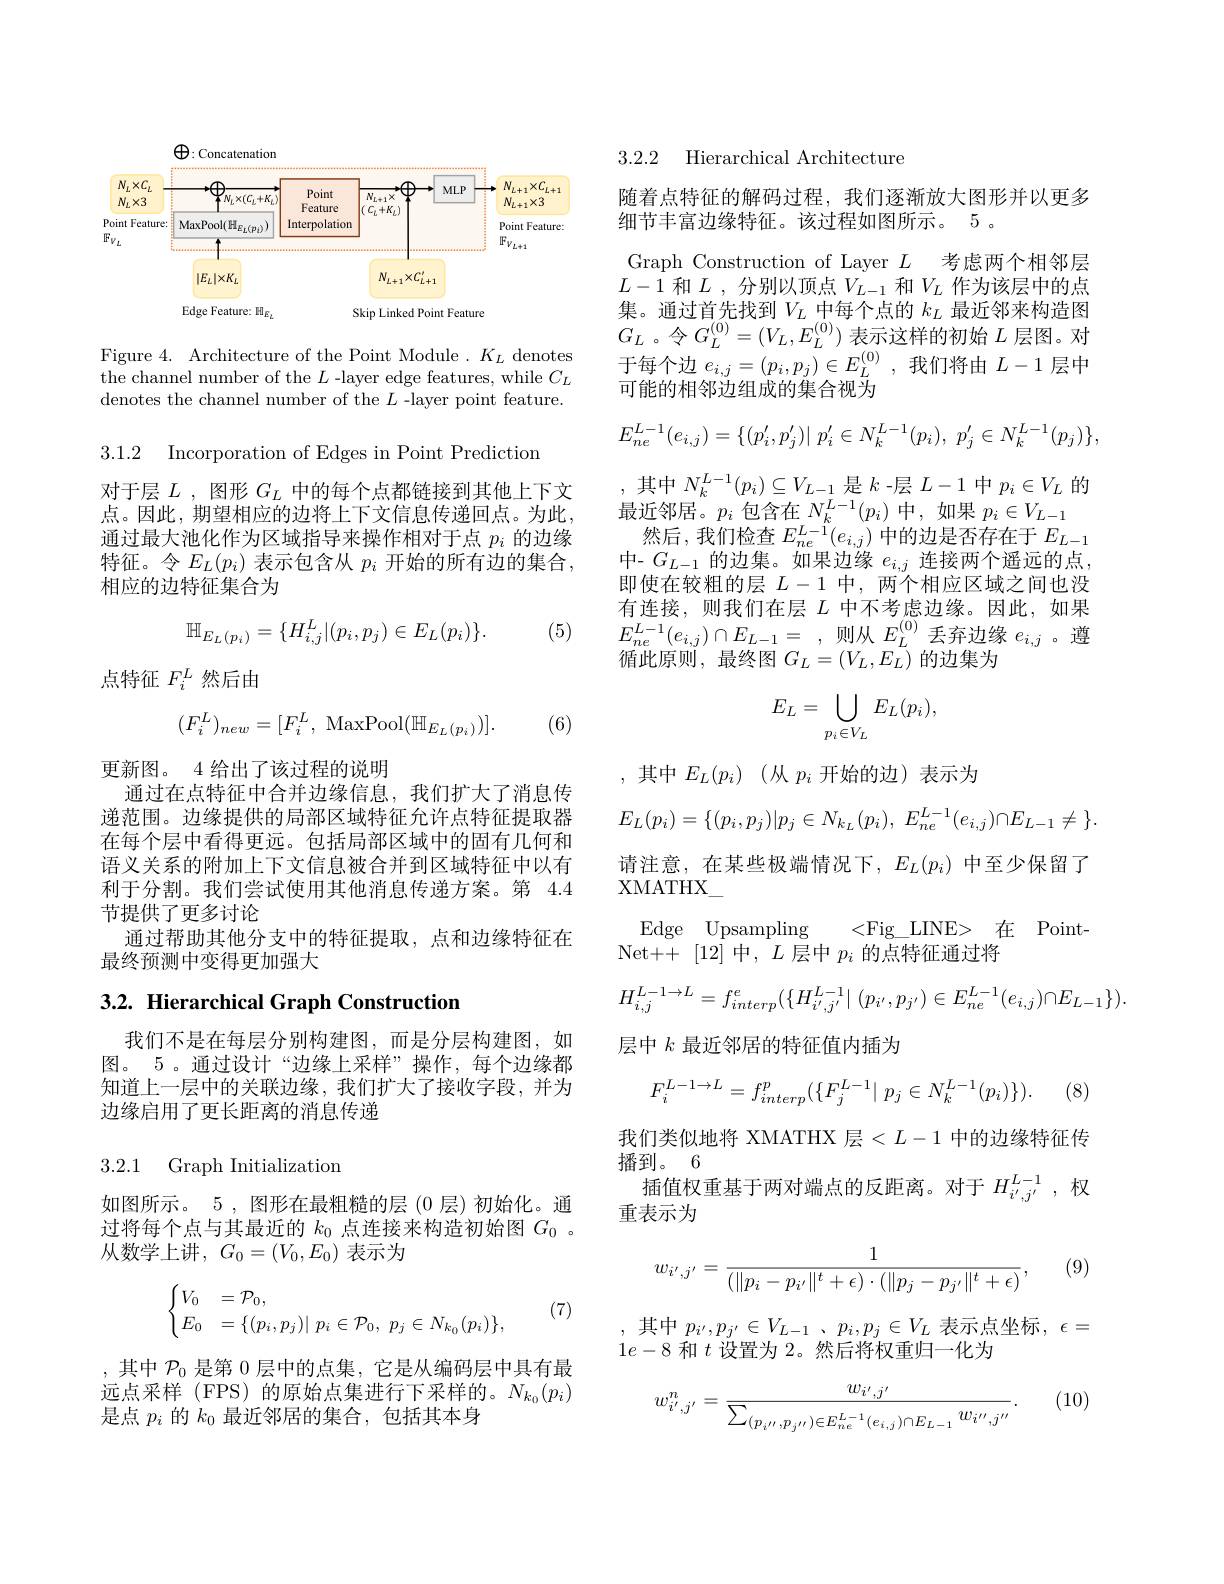
$\bigoplus:$Concatenation
<FigureHere>

Figure 4. Architecture of the Point Module. $K_L$ denotes the channel number of the $L$ -layer edge features, while $C_L$ denotes the channel number of the $L$ -layer point feature.

3.1.2 Incorporation of Edges in Point Prediction

对于层$L$,图形$G_L$中的每个点都链接到其他上下文点。因此，期望相应的边将上下文信息传递回点。为此通过最大池化作为区域指导来操作相对于点$p_i$的边缘特征。令$E_L(p_i)$表示包含从$p_i$开始的所有边的集合， 相应的边特征集合为

(5)
$$\mathbb{H}_{E_L(p_i)}=\{H_{i,j}^L|(p_i,p_j)\in E_L(p_i)\}.$$
点特征$F_i^L$然后由

(6)
$$(F_i^L)_{new}=[F_i^L,\:\mathrm{MaxPool}(\mathbb{H}_{E_L(p_i)})].$$
更新图。4 给出了该过程的说明
通过在点特征中合并边缘信息，我们扩大了消息传递范围。边缘提供的局部区域特征允许点特征提取器在每个层中看得更远。包括局部区域中的固有几何和语义关系的附加上下文信息被合并到区域特征中以有利于分割。我们尝试使用其他消息传递方案。第 4.4节提供了更多讨论
通过帮助其他分支中的特征提取，点和边缘特征在
最终预测中变得更加强大

# 3.2. Hierarchical Graph Construction

我们不是在每层分别构建图，而是分层构建图，如图。5 。通过设计“边缘上采样”操作，每个边缘都知道上一层中的关联边缘，我们扩大了接收字段，并为边缘启用了更长距离的消息传递

3.2.1 Graph Initialization

如图所示。5,图形在最粗糙的层(0 层)初始化。通过将每个点与其最近的$k_{0}$点连接来构造初始图$G_{0}$ 。从数学上讲$,G_0=(V_0,E_0)$ 表示为
$$\begin{cases}V_0&=\mathcal{P}_0,\\E_0&=\{(p_i,p_j)|\:p_i\in\mathcal{P}_0,\:p_j\in N_{k_0}(p_i)\},\end{cases}$$
(7)

,其中$\mathcal{P}_0$是第 0 层中的点集，它是从编码层中具有最远点采样 (FPS) 的原始点集进行下采样的。$N_{k_0}(p_i)$ 是点$p_{i}$的$k_{0}$最近邻居的集合，包括其本身

3.2.2 Hierarchical Architecture

随着点特征的解码过程，我们逐渐放大图形并以更多
细节丰富边缘特征。该过程如图所示。5 。
Graph Construction of Layer $L$考虑两个相邻层$L-1$和$L$ , 分别以顶点$V_{L-1}$和$V_L$作为该层中的点集。通过首先找到$V_L$中每个点的$k_L$最近邻来构造图$G_{L}$ 。令$G_L^{(0)}=(V_L,E_L^{(0)})$表示这样的初始$L$层图。对于每个边$e_{i,j}=(p_i,p_j)\in E_L^{(0)}$,我们将由$L-1$层中可能的相邻边组成的集合视为
$$E_{ne}^{L-1}(e_{i,j})=\{(p_i',p_j')|\:p_i'\in N_k^{L-1}(p_i),\:p_j'\in N_k^{L-1}(p_j)\},$$
,其中$N_k^{L-1}(p_i)\subseteq V_{L-1}$是$k$ -层$L-1$中$p_i\in V_L$的
最近邻居。$p_i$包含在$N_k^L-1(p_i)$中，如果$p_i\in V_L-1$
然后，我们检查$E_ne^{L-1}(e_{i,j})$中的边是否存在于$E_L-1$ 中- $G_{L-1}$的边集。如果边缘$e_i,j$连接两个遥远的点， 即使在较粗的层$L-1$中，两个相应区域之间也没有连接，则我们在层$L$中不考虑边缘。因此，如果$E_{ne}^{L-1}(e_{i,j})\cap E_{L-1}=$,则从$E_L^{(0)}$丢弃边缘 $e_i,j$。遵循此原则，最终图$G_L=(V_L,E_L)$的边集为
$$E_L=\bigcup_{p_i\in V_L}E_L(p_i),$$
,其中$E_L( p_i)$ (从$p_i$开始的边)表示为
$$E_L(p_i)=\{(p_i,p_j)|p_j\in N_{k_L}(p_i),\:E_{ne}^{L-1}(e_{i,j})\cap E_{L-1}\neq\:\}.$$
请注意，在某些极端情况下，$E_L(p_i)$中至少保留了
XMATHX

Edge Upsampling <Fig\_LINE> 在 Point-
Net++[12]中$,L$层中$p_i$的点特征通过将
$$H_{i,j}^{L-1\to L}=f_{interp}^{e}(\{H_{i',j'}^{L-1}|\:(p_{i'},p_{j'})\in E_{ne}^{L-1}(e_{i,j})\cap E_{L-1}\}).$$
层中$k$最近邻居的特征值内插为
$$F_{i}^{L-1\to L}=f_{interp}^{p}(\{F_{j}^{L-1}|\:p_{j}\in N_{k}^{L-1}(p_{i})\}).$$
(8)

我们类似地将 XMATHX 层$<L-1$中的边缘特征传
播到。6
插值权重基于两对端点的反距离。对于$H_{i^{\prime},j^{\prime}}^{L-1}$,权
重表示为
$$w_{i',j'}=\frac{1}{(\|p_i-p_{i'}\|^t+\epsilon)\cdot(\|p_j-p_{j'}\|^t+\epsilon)},$$
(9)

其中 $p_{i^{\prime }}, p_{j^{\prime }}\in V_{L- 1}$ , $p_{i}, p_{j}\in V_{L}$ 表示点坐标$,\epsilon=$
$1e-8$和$t$设置为 2。然后将权重归一化为

(10)
$$w_{i^{\prime},j^{\prime}}^{n}=\frac{w_{i^{\prime},j^{\prime}}}{\sum_{(p_{i^{\prime\prime}},p_{j^{\prime\prime}})\in E_{ne}^{L-1}(e_{i,j})\cap E_{L-1}}w_{i^{\prime\prime},j^{\prime\prime}}}.$$